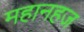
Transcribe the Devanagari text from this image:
महानहज